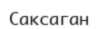
Саксаган